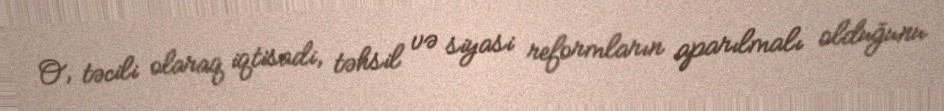
O, təcili olaraq iqtisadi, təhsil və siyasi reformların aparılmalı olduğunu